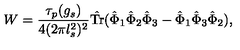
W = \frac { \tau _ { p } ( g _ { s } ) } { 4 ( 2 \pi l _ { s } ^ { 2 } ) ^ { 2 } } \hat { \mathrm { T r } } ( \hat { \Phi } _ { 1 } \hat { \Phi } _ { 2 } \hat { \Phi } _ { 3 } - \hat { \Phi } _ { 1 } \hat { \Phi } _ { 3 } \hat { \Phi } _ { 2 } ) ,